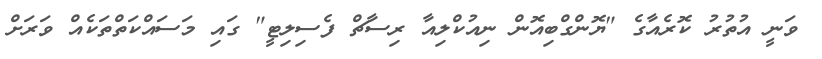
ވަނީ އުތުރު ކޮރެއާގެ "ޔޮންގްބިއޮން ނިއުކްލިއާ ރިސާޗް ފެސިލިޓީ" ގައި މަސައްކަތްތަކެއް ވަރަށް